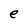
Character: e